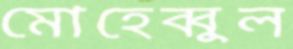
মোহেব্বুল